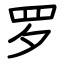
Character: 罗